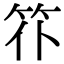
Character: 䇚